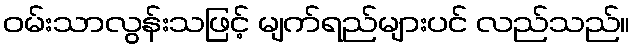
ဝမ်းသာလွန်းသဖြင့် မျက်ရည်များပင် လည်သည်။